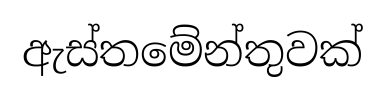
ඇස්තමේන්තුවක්